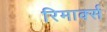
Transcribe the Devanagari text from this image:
रिमार्क्स